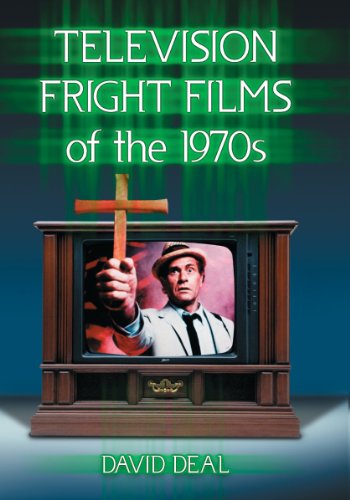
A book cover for Television Fright Films of the 1970s; David Deal; Humor & Entertainment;